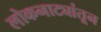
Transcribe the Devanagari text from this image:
लोकनाट्यांतून